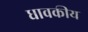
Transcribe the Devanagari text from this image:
धावकीय